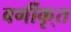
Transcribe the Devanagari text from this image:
वर्गीकृ्त